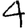
Digit: 4